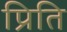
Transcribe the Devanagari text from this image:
प्रिति